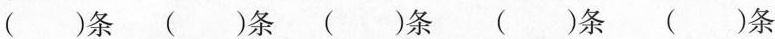
( )条 ( )条 ( ) 条(）条 ( )条